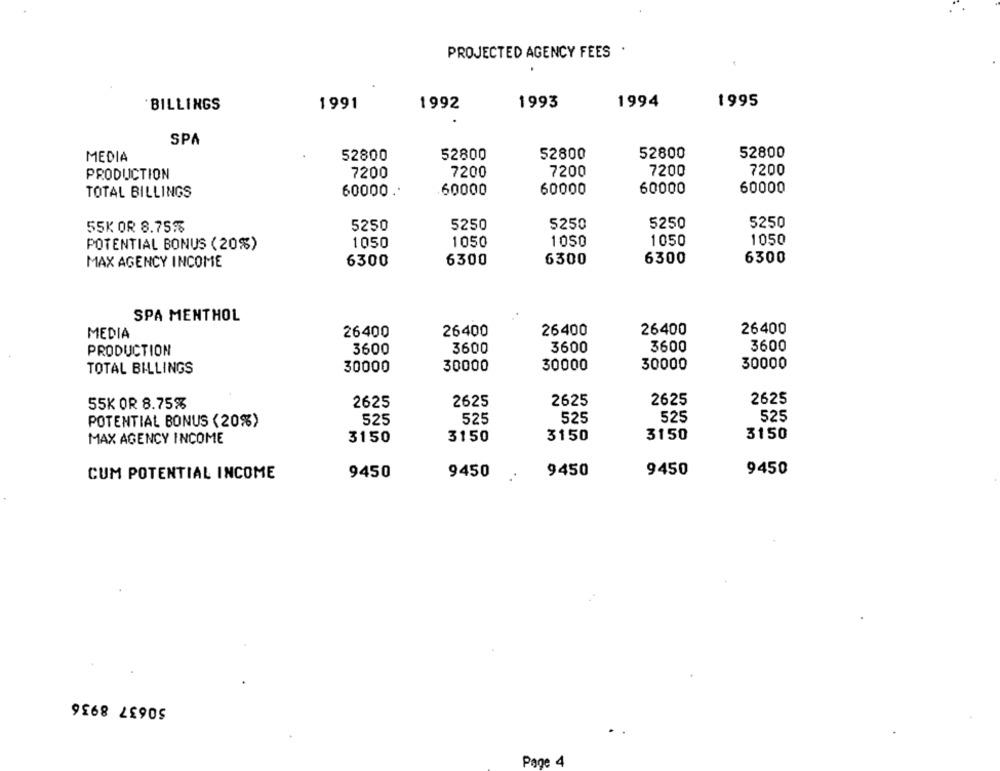
PROJECTED AGENCY FEES .
`BILLINGS
1991
1992
1993
1994
1995
SPA
52800
52800
52800
52800
MEDIA
52800
PRODUCTION
7200
7200
7200
7200
7200
TOTAL BILLINGS
60000 ..
60000
60000
60000
60000
5250
5250
55K OR 8.75%
5250
5250
5250
POTENTIAL BONUS (20%)
1050
1050
1050
1050
1050
6300
6300
6300
6300
6300
MAX AGENCY INCOME
SPA MENTHOL
26400
26400
26400
26400
26400
MEDIA
3600
3600
PRODUCTION
3600
3600
3600
TOTAL BILLINGS
30000
30000
30000
30000
30000
2625
2625
2625
55K OR 8.75%
2625
2625
525
POTENTIAL BONUS (20%)
525
525
525
525
MAX AGENCY INCOME
3150
3150
3150
3150
3150
9450
CUM POTENTIAL INCOME
9450
9450
9450
9450
50637 8936
Page 4